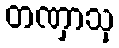
တဏှာသု